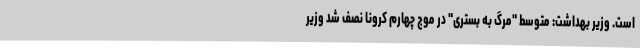
است. وزیر بهداشت: متوسط "مرگ به بستری" در موج چهارم کرونا نصف شد وزیر